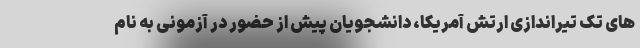
های تک تیراندازی ارتش آمریکا، دانشجویان پیش از حضور در آزمونی به نام